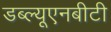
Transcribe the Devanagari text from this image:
डब्ल्यूएनबीटी